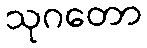
သုဂတော